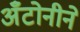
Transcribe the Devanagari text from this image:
अँटोनीने